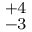
^ { + 4 } _ { - 3 }